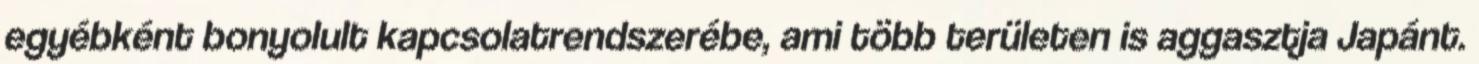
egyébként bonyolult kapcsolatrendszerébe, ami több területen is aggasztja Japánt.